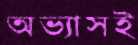
অভ্যাসই